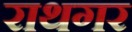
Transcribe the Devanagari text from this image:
राथगर